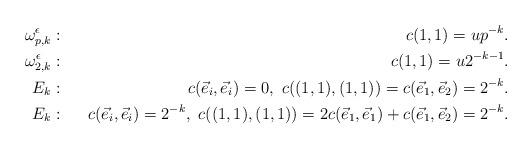
LaTeX: \begin{align*} \omega_{p, k}^{\epsilon}: && c(1,1)=up^{-k}.\\ \omega_{2, k}^{\epsilon}: && c(1,1)=u2^{-k-1}.\\ E_k: && c(\vec{e}_i,\vec{e}_i)=0, \ c((1,1),(1,1))=c(\vec{e}_1,\vec{e}_2)=2^{-k}.\\ E_k: && c(\vec{e}_i,\vec{e}_i)=2^{-k}, \ c((1,1),(1,1))=2c(\vec{e}_1,\vec{e}_1)+c(\vec{e}_1,\vec{e}_2)=2^{-k}.\end{align*}